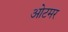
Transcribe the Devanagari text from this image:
ओटमर